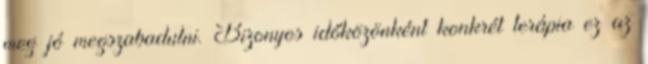
meg jó megszabadulni. Bizonyos időközönként konkrét terápia ez az